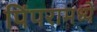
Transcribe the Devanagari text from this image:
पिंपरामध्ये